Problem: 9 × 9 = ?
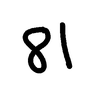
Handwritten answer: 81